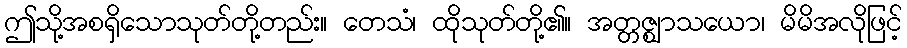
ဤသို့အစရှိသောသုတ်တို့တည်း။ တေသံ၊ ထိုသုတ်တို့၏။ အတ္တဇ္ဈာသယော၊ မိမိအလိုဖြင့်